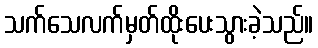
သက်သေလက်မှတ်ထိုးပေးသွားခဲ့သည်။